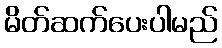
မိတ်ဆက်ပေးပါမည်